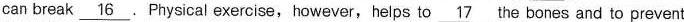
can break \underline{16} . Physical exercise, however,helps to \underline{17} the bones and to prevent